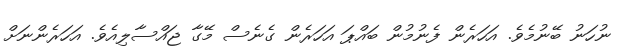
ނުހަނު ބޭނުމެވެ. އަހަރެން ފެނުމުން ބައްޕަ އަހަރެން ގެނެސް މޭގާ ޖައްސާލިއެވެ. އަހަރެންނަށް